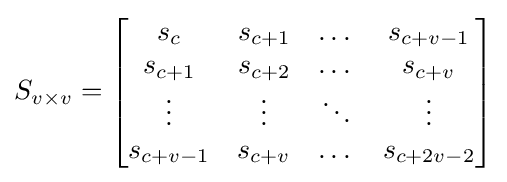
S_{v\times v}={\begin{bmatrix}s_{c}&s_{c+1}&\dots &s_{c+v-1}\\s_{c+1}&s_{c+2}&\dots &s_{c+v}\\\vdots &\vdots &\ddots &\vdots \\s_{c+v-1}&s_{c+v}&\dots &s_{c+2v-2}\end{bmatrix}}